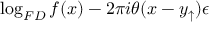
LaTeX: \log _ { F D } f ( x ) - 2 \pi i \theta ( x - y _ { \uparrow } ) \epsilon